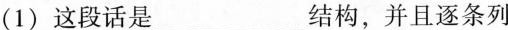
(1)这段话是___结构，并且逐条列